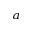
^ a